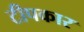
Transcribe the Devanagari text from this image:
टीपकार